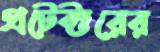
প্রটেক্টরের